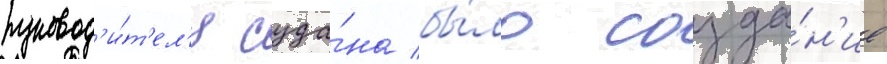
руковод'и́т'ел'я суда́на бы́ло созда́н'ие